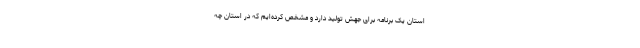
استان یک برنامه برای جهش تولید دارد و مشخص کرده‌ایم که در استان چه